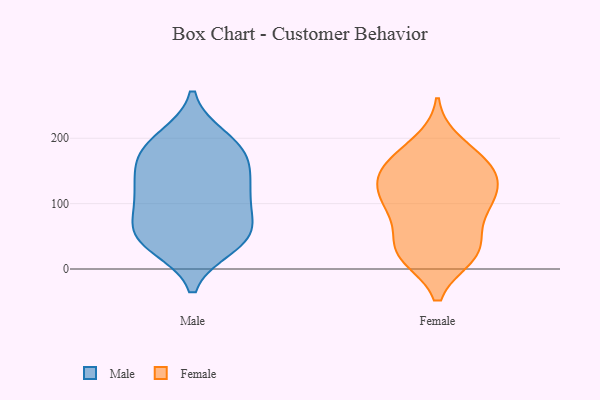
{"axis": {"x": "Market Share (%)", "y": "Value"}, "legend": ["Female", "Male"], "data": [{"x": "", "y": 173, "type": "Male"}, {"x": "", "y": 109, "type": "Male"}, {"x": "", "y": 148, "type": "Male"}, {"x": "", "y": 37, "type": "Male"}, {"x": "", "y": 188, "type": "Male"}, {"x": "", "y": 102, "type": "Male"}, {"x": "", "y": 51, "type": "Male"}, {"x": "", "y": 53, "type": "Male"}, {"x": "", "y": 179, "type": "Male"}, {"x": "", "y": 53, "type": "Male"}, {"x": "", "y": 135, "type": "Male"}, {"x": "", "y": 110, "type": "Male"}, {"x": "", "y": 199, "type": "Male"}, {"x": "", "y": 50, "type": "Male"}, {"x": "", "y": 145, "type": "Female"}, {"x": "", "y": 35, "type": "Female"}, {"x": "", "y": 109, "type": "Female"}, {"x": "", "y": 21, "type": "Female"}, {"x": "", "y": 128, "type": "Female"}, {"x": "", "y": 143, "type": "Female"}, {"x": "", "y": 173, "type": "Female"}, {"x": "", "y": 23, "type": "Female"}, {"x": "", "y": 157, "type": "Female"}, {"x": "", "y": 25, "type": "Female"}, {"x": "", "y": 115, "type": "Female"}, {"x": "", "y": 92, "type": "Female"}, {"x": "", "y": 159, "type": "Female"}, {"x": "", "y": 30, "type": "Female"}, {"x": "", "y": 83, "type": "Female"}, {"x": "", "y": 192, "type": "Female"}, {"x": "", "y": 94, "type": "Female"}]}